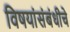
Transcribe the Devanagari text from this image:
विषयांसंबंधीचे